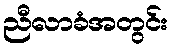
ညီလာခံအတွင်း